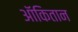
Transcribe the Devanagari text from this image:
ऑकितान